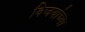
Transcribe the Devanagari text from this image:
विजयांच्या